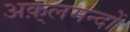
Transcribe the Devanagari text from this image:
अक़्लमन्दों